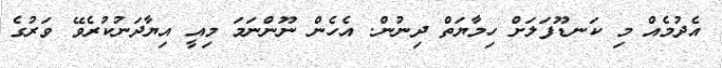
އެދުމެއް މި ކަނޑޫފަލަށް ހިމާޔަތް ދިނުން. އެހެން ނޫންނަމަ މިއީ އިޔާދަނުކުރެވޭ ވަރުގެ